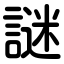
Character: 謎